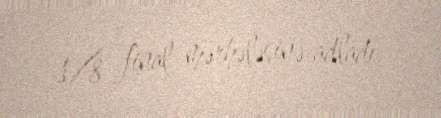
1/8 final mərhələsinə adladı.